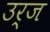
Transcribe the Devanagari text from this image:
उर्ज